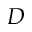
D